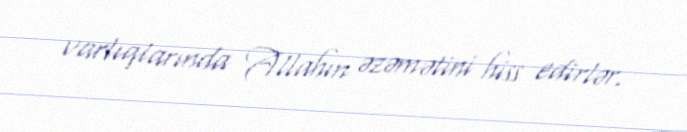
varlıqlarında Allahın əzəmətini hiss edirlər.